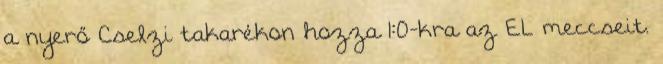
a nyerő Cselzi takarékon hozza 1:0-kra az EL meccseit.